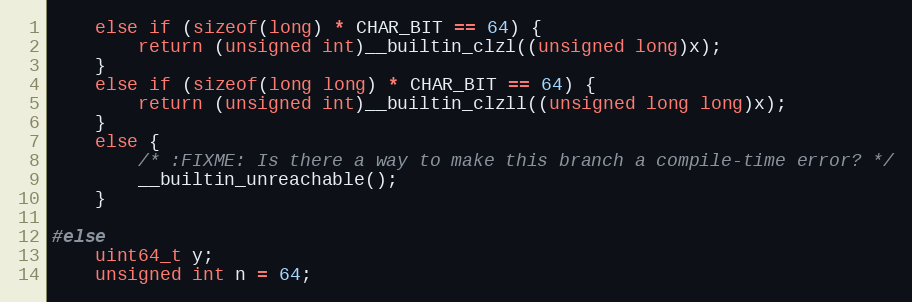
Language: C
    else if (sizeof(long) * CHAR_BIT == 64) {
        return (unsigned int)__builtin_clzl((unsigned long)x);
    }
    else if (sizeof(long long) * CHAR_BIT == 64) {
        return (unsigned int)__builtin_clzll((unsigned long long)x);
    }
    else {
        /* :FIXME: Is there a way to make this branch a compile-time error? */
        __builtin_unreachable();
    }

#else
    uint64_t y;
    unsigned int n = 64;